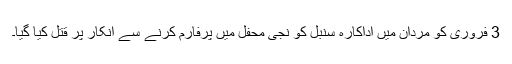
3 فروری کو مردان میں اداکارہ سنبل کو نجی محفل میں پرفارم کرنے سے انکار پر قتل کیا گیا۔